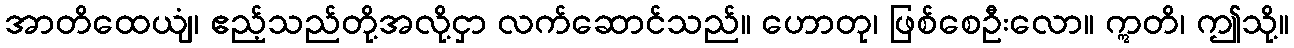
အာတိထေယျံ၊ ဧည့်သည်တို့အလို့ငှာ လက်ဆောင်သည်။ ဟောတု၊ ဖြစ်စေဦးလော။ ဣတိ၊ ဤသို့။